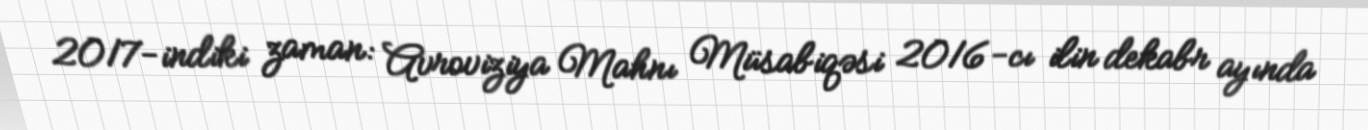
2017-indiki zaman: Avroviziya Mahnı Müsabiqəsi 2016-cı ilin dekabr ayında